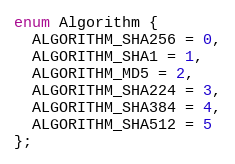
Language: C
enum Algorithm {
  ALGORITHM_SHA256 = 0,
  ALGORITHM_SHA1 = 1,
  ALGORITHM_MD5 = 2,
  ALGORITHM_SHA224 = 3,
  ALGORITHM_SHA384 = 4,
  ALGORITHM_SHA512 = 5
};